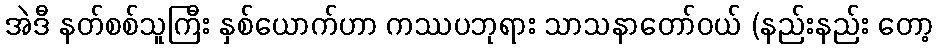
အဲဒီ နတ်စစ်သူကြီး နှစ်ယောက်ဟာ ကဿပဘုရား သာသနာတော်ဝယ် (နည်းနည်း တော့